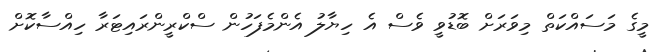
މީގެ މަސައްކަތް މިވަރަށް ބޮޑުވީ ވެސް އެ ހިޔާލު އެންމެފަހުން ސްކްރީންރައިޓަރާ ހިއްސާކޮށް